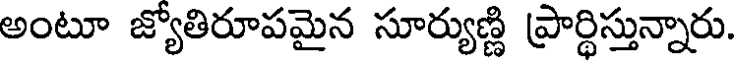
అంటూ జ్యోతిరూపమైన సూర్యుణ్ణి ప్రార్థిస్తున్నారు.